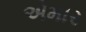
એમાર